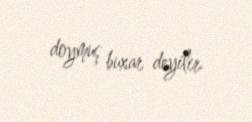
doymuş buxar deyilir.